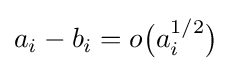
a_{i}-b_{i}=o{\big (}a_{i}^{1/2}{\big )}